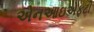
એનઆઇએફટી